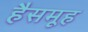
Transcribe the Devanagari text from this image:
हैसमूह